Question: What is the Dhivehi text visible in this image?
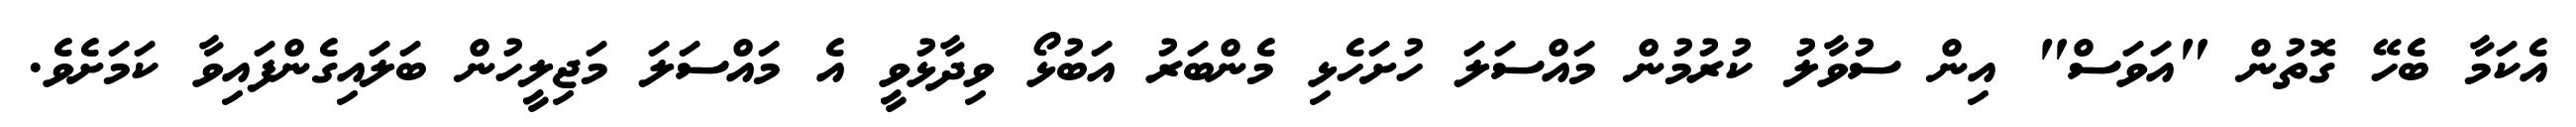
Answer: އެކަމާ ބެހޭ ގޮތުން "އަވަސް" އިން ސުވާލު ކުރުމުން މައްސަލަ ހުށަހެޅި މެންބަރު އަބުޅޯ ވިދާޅުވީ އެ މައްސަލަ މަޖިލީހުން ބަލައިގެންފައިވާ ކަމަށެވެ.